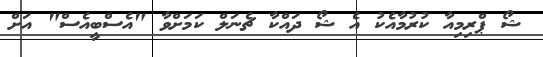
ޝޯ ޕްރިމިއާ ކުރުމާއެކު އެ ޝޯ ދައްކާ ޗެނަލް ކަމަށްވާ "އެސްބީއެސް" އަށް